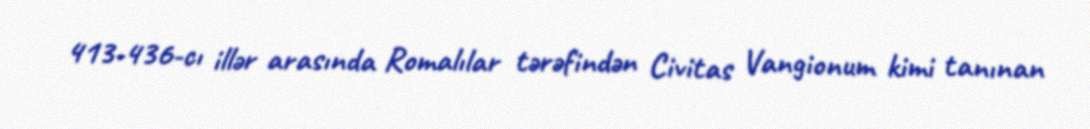
413-436-cı illər arasında Romalılar tərəfindən Civitas Vangionum kimi tanınan